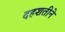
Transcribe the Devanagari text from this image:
दहशतीने